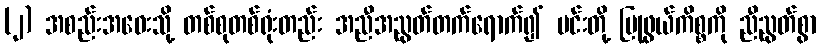
(၂) အစည်းအဝေးသို့ တစ်စုတစ်ရုံးတည်း အညီအညွတ်တက်ရောက်၍ မင်းတို့ ပြုဖွယ်ကိစ္စကို ညီညွတ်စွာ